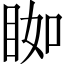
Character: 𥆃